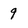
Character: 9